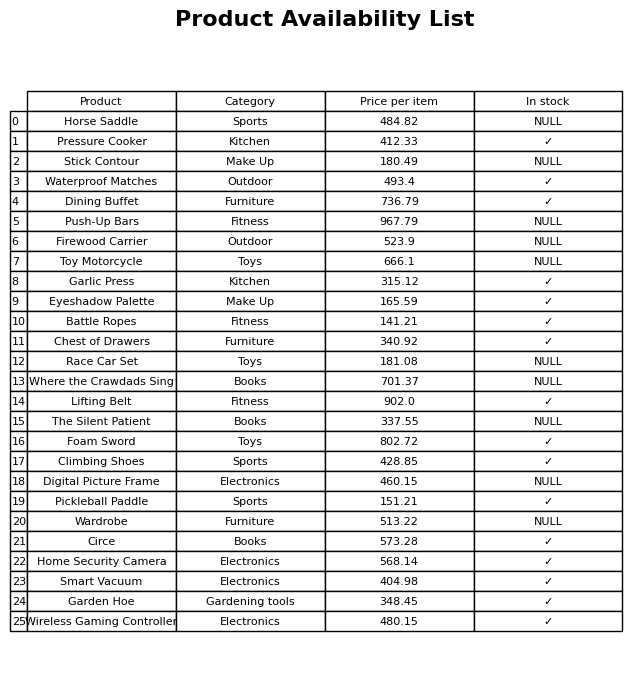
question: What is the stock status of the Dining Buffet?
answer: ✓